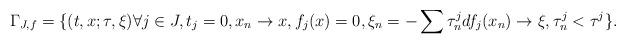
LaTeX: \begin{align*}\Gamma_{J,f}=\{ (t,x;\tau,\xi) \forall j\in J, t_j=0, x_n\rightarrow x, f_j(x)=0, \xi_n= -\sum \tau^j_ndf_j(x_n)\rightarrow\xi, \tau^j_n<\tau^j \}.\end{align*}